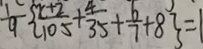
\frac { 1 } { 9 } \{ \frac { x + 2 } { 1 0 5 } + \frac { 4 } { 3 5 } + \frac { 6 } { 7 } + 8 \} = 1